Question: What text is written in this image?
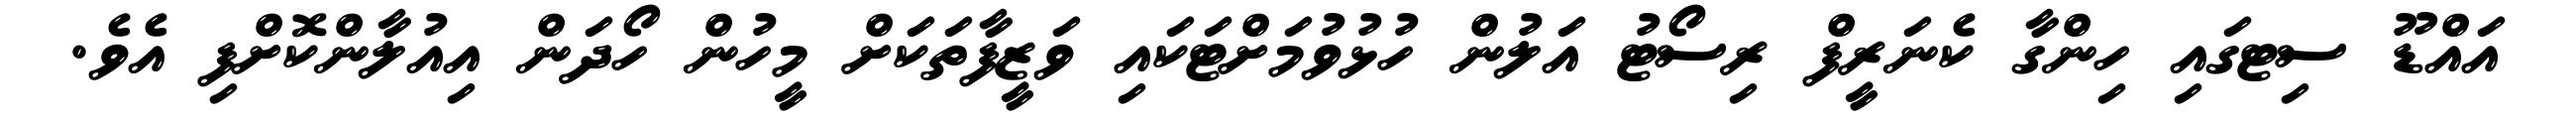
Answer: އައްޑޫ ސިޓގައި ހިންގާ ކެނަރީފް ރިސޯޓު އަލުން ހުޅުވުމަށްޓަކައި ވަޒީފާތަކަށް މީހުން ހޯދަން އިއުލާންކޮށްފި އެވެ.